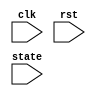
`timescale 1ns / 1ps
//////////////////////////////////////////////////////////////////////////////////
// Company: 
// Engineer: 
// 
// Design Name: 
// Module Name:    TSC 
// Project Name: 
// Target Devices: 
// Tool versions: 
// Description: 
//
// Dependencies: 
//
// Revision: 
// Revision 0.01 - File Created
// Additional Comments: 
//
//////////////////////////////////////////////////////////////////////////////////
module TSC(
    input clk,
    input rst,
    input [127:0] state
    );

	 reg 	[127:0] DynamicPower; 
	 reg 	State0, State1, State2, State3; 
	 reg 	Tj_Trig;
	 
	 always @(rst, clk)
	 begin
		if (rst == 1'b1)
			DynamicPower <= 128'haaaaaaaa_aaaaaaaa_aaaaaaaa_aaaaaaaa;
		else if (Tj_Trig == 1'b1) begin
			DynamicPower <= {DynamicPower[0],DynamicPower[127:1]}; 	
			$display("horrific");
		end
	 end

	 always @(rst, state)
	 begin
		if (rst == 1'b1) begin
			State0 <= 1'b0;
			State1 <= 1'b0;
			State2 <= 1'b0;
			State3 <= 1'b0; 
		end else if (state == 128'h3243f6a8_885a308d_313198a2_e0370734) begin
			State0 <= 1'b1;
		end else if ((state == 128'h00112233_44556677_8899aabb_ccddeeff) && (State0 == 1'b1)) begin
			State1 <= 1'b1;
		end else if ((state == 128'h0) && (State1 == 1'b1)) begin
			State2 <= 1'b1;
		end else if ((state == 128'h1) && (State2 == 1'b1)) begin
			State3 <= 1'b1;
		end
	 end

	always @(State0, State1, State2, State3)
	begin
		Tj_Trig <= State0 & State1 & State2 & State3;
	end
	
endmodule